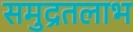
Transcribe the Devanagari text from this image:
समुद्रतलाभ